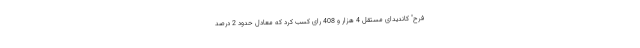
فرح" کاندیدای مستقل 4 هزار و 408 رای کسب کرد که معادل حدود 2 درصد